Calcutta medical institutions reports 1871-78
Year: 1871
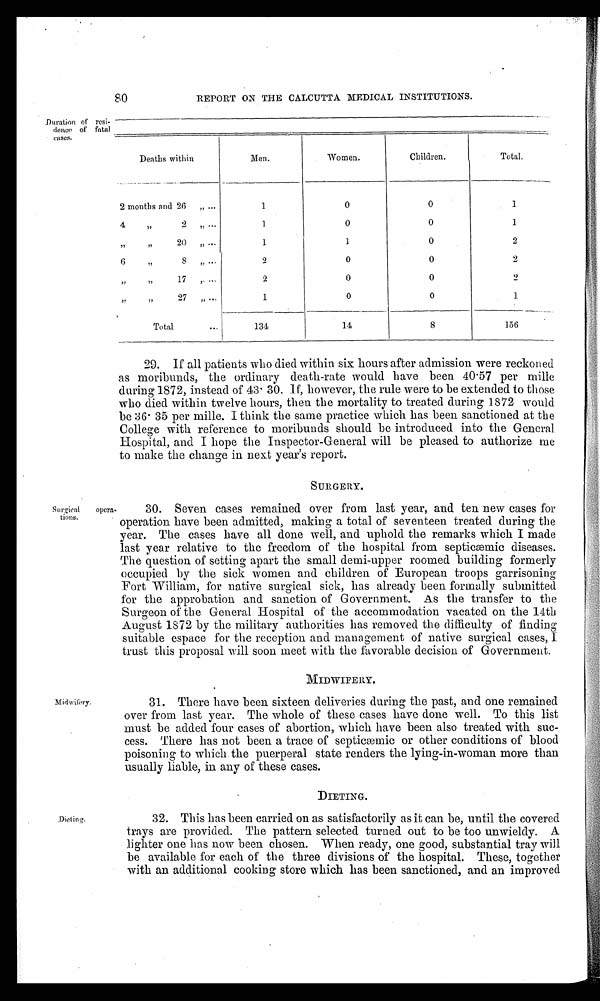
Duration of resi-
dence of fatal
eases.
80
REPORT ON THE CALCUTTA MEDICAL INSTITUTIONS.
Deaths within
Men.
Women.
Children.
Total.
2 months and 26 „
1
0
0
1
4 ' ' 2 ' '
1
0
0
1
' ' ' ' 2 0 ' '
1
1
0
2
6 '' 8 ''
2
0
0
2
'' '' 17 ''
2
0
0
9
'' '' 27 ''
1
0
0
1
Total
134
14
8
156
29. If all patients who died within six hours after admission were reckoned
as moribunds, the ordinary death-rate would have been 40.57 per mille
during 1872, instead of 43.30. If, however, the rule were to be extended to those
who died within twelve hours, then the mortality to treated during 1872 would
be 36. 35 per mille. I think the same practice which has been sanctioned at the
College with reference to moribunds should be introduced into the General
Hospital, and I hope the Inspector-General will be pleased to authorize me
to make the change in next year's report.
Surgical opera
-
tions.
SURGERY.
30. Seven cases remained over from last year, and ten new cases for
operation have been admitted, making a total of seventeen treated during the
year. The cases have all done well, and uphold the remarks which I made
last year relative to the freedom of the hospital from septicæmic diseases
The question of setting apart the small demi-upper roomed building formerly
occupied by the sick women and children of European troops garrisoning
Fort William, for native surgical sick, has already been formally submitted
for the approbation and sanction of Government. As the transfer to the
Surgeon of the General Hospital of the accommodation vacated on the 14th
August 1872 by the military authorities has removed the difficulty of finding
suitable espace for the reception and management of native surgical cases,
I
trust this proposal will soon meet with the favorable decision of Government.
Midwifery
MIDWIFERY.
31. There have been sixteen deliveries during the past, and one remained
over from last year. The whole of these cases Cave done well. To this list
must be added four cases of abortion, which have been also treated with suc
-
cess. There has not been. a trace of septicæmic or other conditions of blood
poisoning to which the puerperal state renders the lying-in-woman more than
usually liable, in any of these cases.
DIETING.
32. This has been carried on as satisfactorily as it can be, until the covered
trays are provided. The pattern selected turned out to be too unwieldy. A
lighter one has now been chosen. When ready, one good, substantial tray will
be available for each of the three divisions of the hospital. These, together
with an additional cooking store which has been sanctioned, and an improved